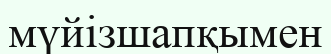
мүйізшапқымен